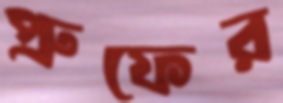
প্রুফের